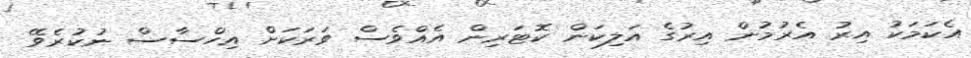
އެކަމަކު އިރު އެރުމުން އިރުގެ އަލިކަން ކޮޓަރިން އެއްވެސް ވަރަކަށް އިހްސާސް ނުކުރެވޭ